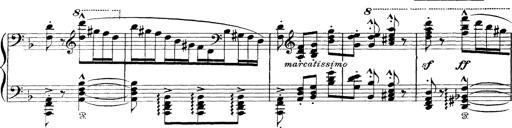
Title: Scherzo und Marsch
Composer: Franz Liszt